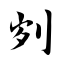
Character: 刿